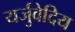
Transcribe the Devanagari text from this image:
यर्जुवेदिय